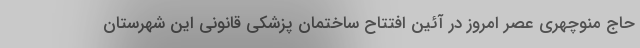
حاج منوچهری عصر امروز در آئین افتتاح ساختمان پزشکی قانونی این شهرستان